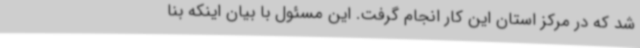
شد که در مرکز استان این کار انجام گرفت. این مسئول با بیان اینکه بنا